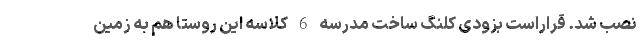
نصب شد. قراراست بزودی کلنگ ساخت مدرسه 6 کلاسه این روستا هم به زمین